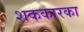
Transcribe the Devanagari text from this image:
शककारका